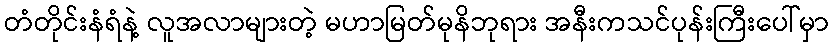
တံတိုင်းနံရံနဲ့ လူအလာများတဲ့ မဟာမြတ်မုနိဘုရား အနီးကသင်ပုန်းကြီးပေါ်မှာ